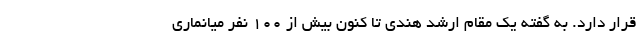
قرار دارد. به گفته یک مقام ارشد هندی تا کنون بیش از 100 نفر میانماری